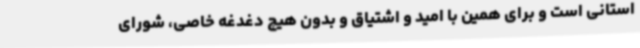
استانی است و برای همین با امید و اشتیاق و بدون هیچ دغدغه خاصی، شورای